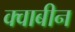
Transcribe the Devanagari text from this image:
क्वाबीन